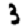
Digit: 3